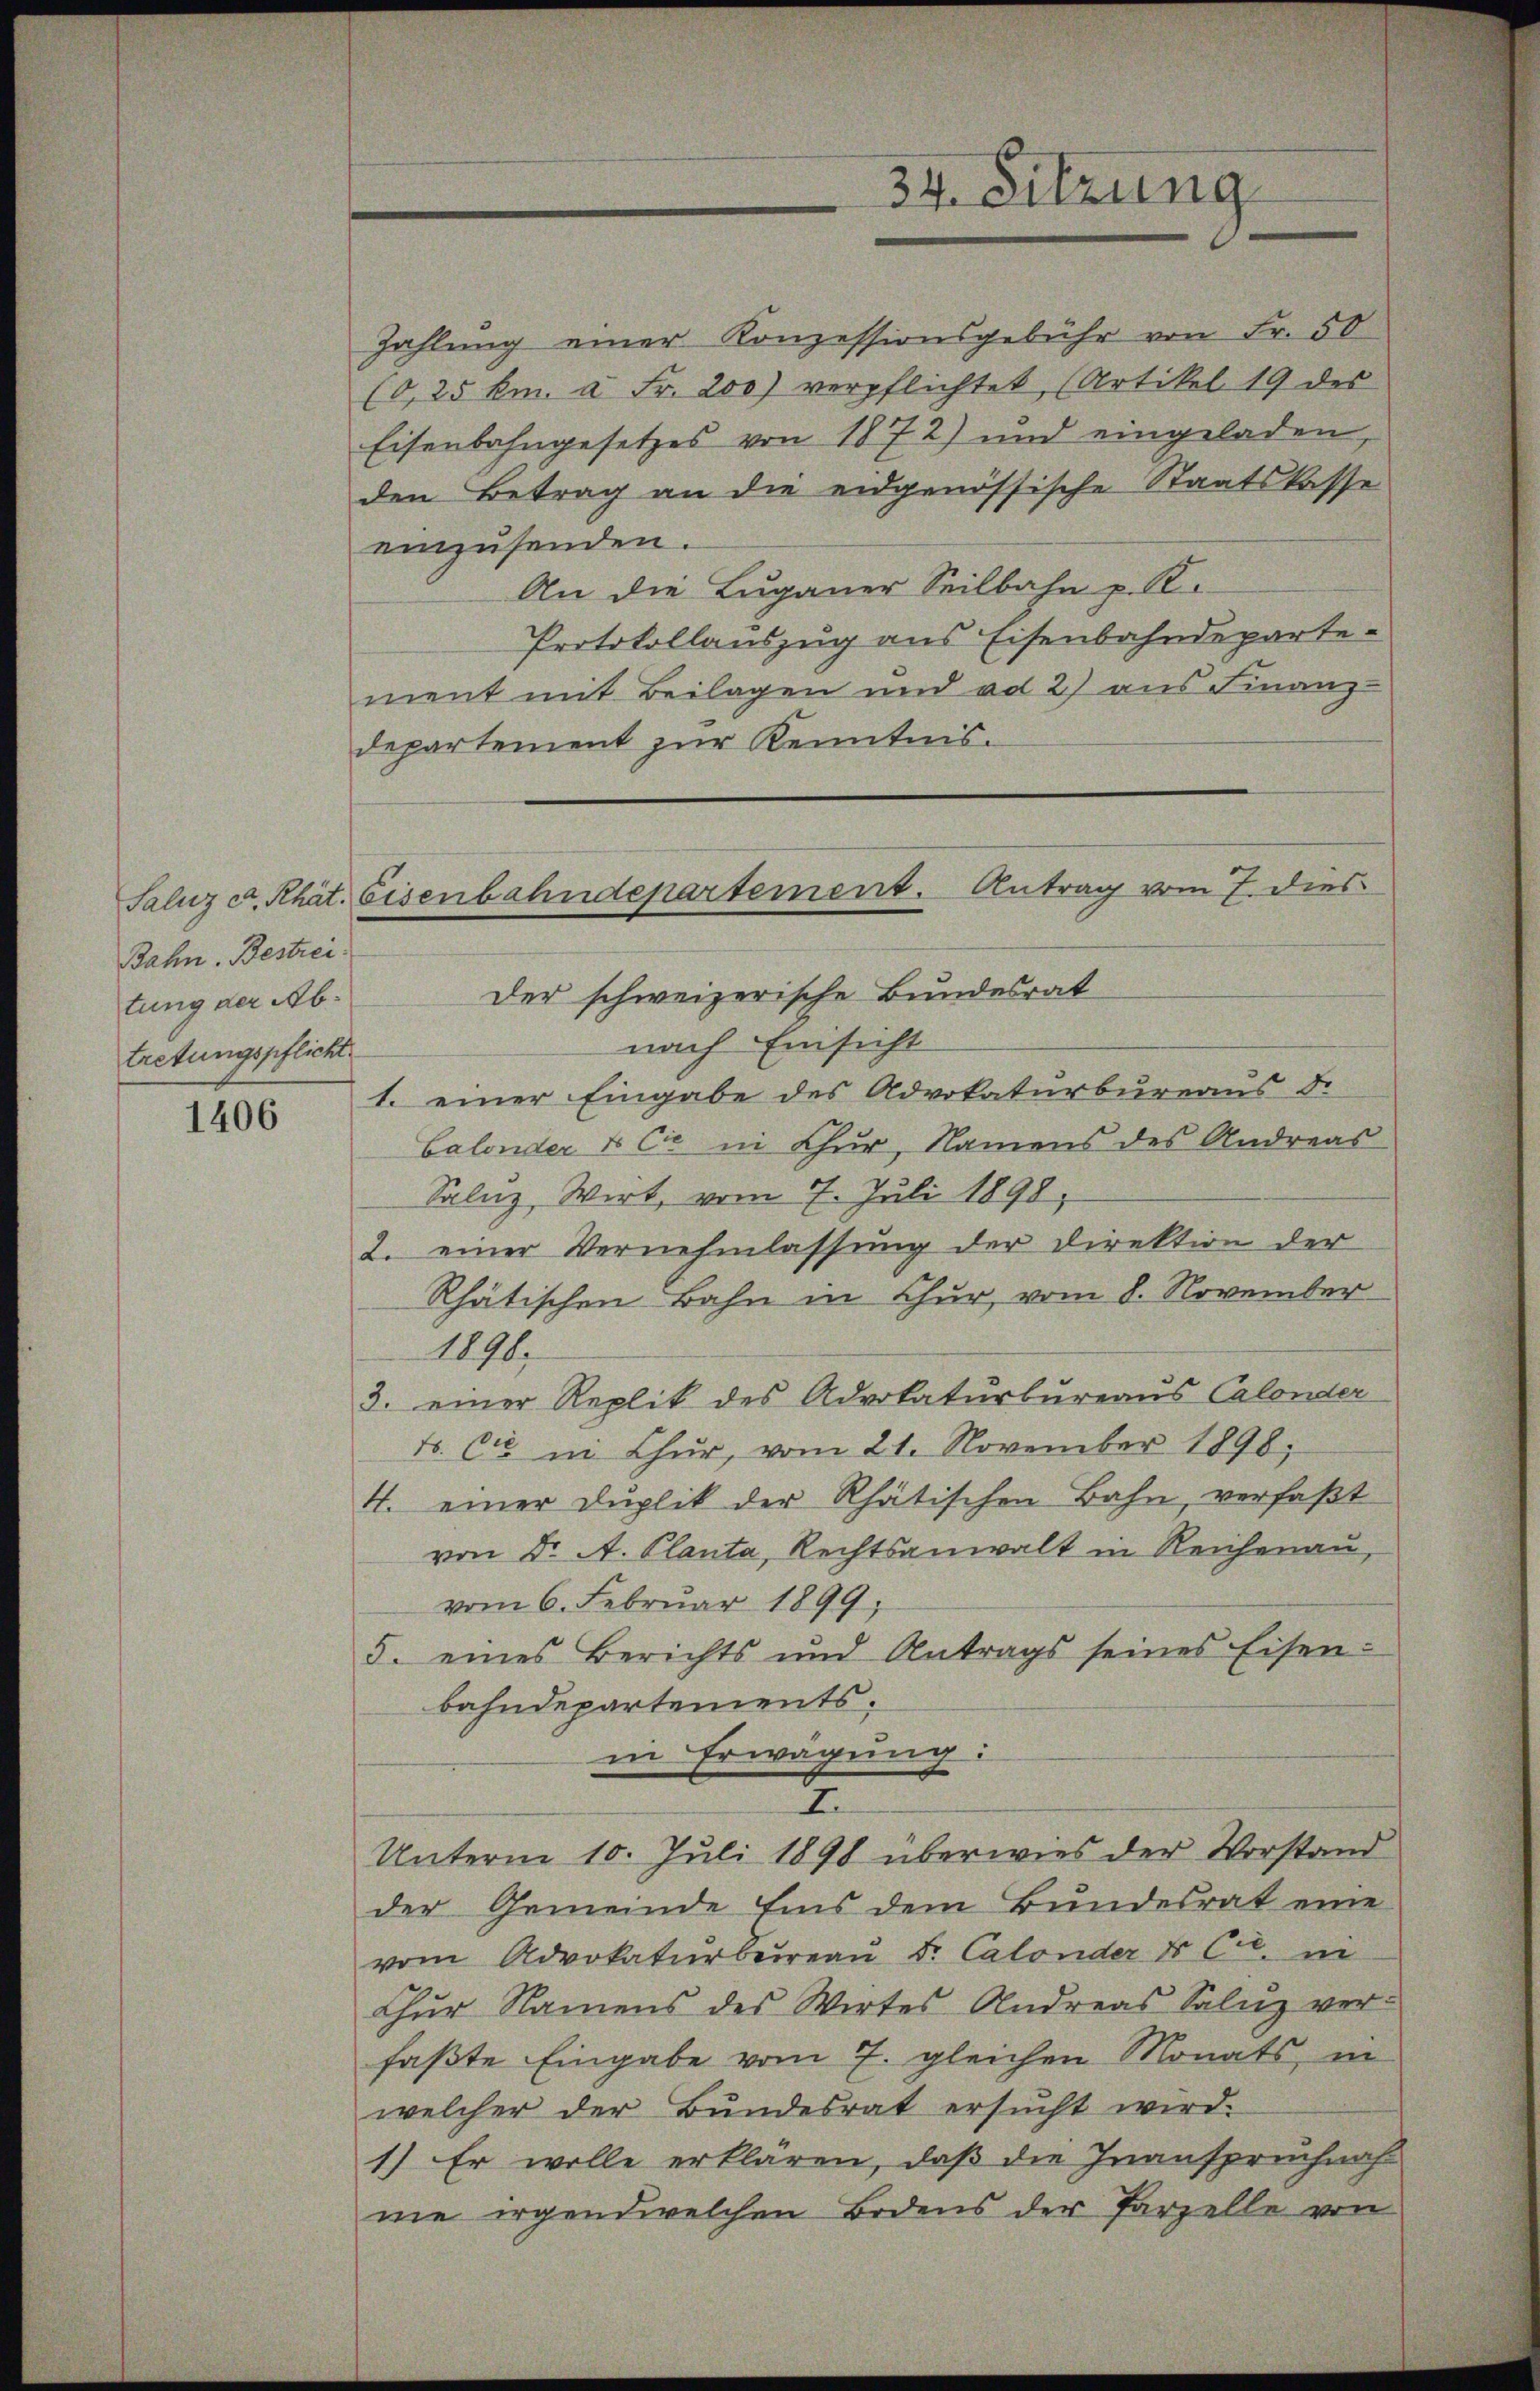
Bahn. Bestrei
tung der Abtretungspflicht

1406

einzusenden.
departement zur Kenntnis.
Der schweizerische Bundesrat
nach Einsicht
1. einer Eingabe des Advokaturbureaus d.
Calonder & Cie in Chur, Namens des Andreas
Salnz, Wirt, vom 7. Juli 1890,
2. einer Vernehmlassung der Direktion der
Rhätischen Bahn in Chur, vom 8. November
1191.
3. einer Replik des Advokaturbureaus Calonder
t. Cie in Chur, vom 21. November 1898;
4. einer Duplik der Rhätischen Bahn, verfaßt
von Dr. A. Planta, Rechtsanwalt in Reichenau,
vom 6. Februar 1899,
5. eines Berichts und Antrags seines Eisen-
bahndepartements.
in Erwägung:
I
Unterm 10. Juli 1898 überwies der Vorstand
der Gemeinde Eins dem Bundesrat eine
vom Advokaturbureau Dr. Calonder & Cie. in
Thŭr Namens des Wirtes Andreas Salz ver-
faßte Eingabe vom 7. gleichen Monats, in
welcher der Bundesrat ersŭcht wird.
1.) Er wolle erklären, daß die Inanspruchnah
me irgendwelchen Bodens der Parzelle von

34. Sitzung

Saluz C. Rhät. Eisenbahndepartement. Antrag vom 7. dies

Zahlung einer Konzessionsgebühr von Fr. 50
(0,25 km. à Fr. 200) verpflichtet, (Artikel 19 des
Eisenbahngesetzes von 1872) und eingeladen,
den Betrag an die eidgenössische Staatskasse
An die Luganer Seilbahn z. B.
Protokollauszug aus Eisenbahndepartement mit Beilagen und ad 2) aus Finanz-